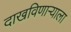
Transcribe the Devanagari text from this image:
दाखविणाऱ्याला